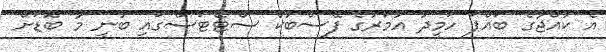
އެ ކުއްޖާގެ ބައްޕަ ހަމީދު އުމަރުގެ ފޭސްބުކް ސްޓޭޓަސްގައި ބުނީ މާ ބޮޑަށް